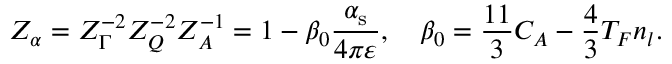
Z _ { \alpha } = Z _ { \Gamma } ^ { - 2 } Z _ { Q } ^ { - 2 } Z _ { A } ^ { - 1 } = 1 - \beta _ { 0 } \frac { \alpha _ { \mathrm { s } } } { 4 \pi \varepsilon } , \quad \beta _ { 0 } = \frac { 1 1 } { 3 } C _ { A } - \frac { 4 } { 3 } T _ { F } n _ { l } .